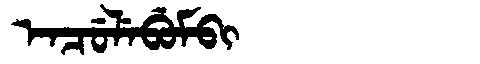
Manchu: ᡝᠨᠴᡠᠯᡝᠪᡠᠮᠪᡳ
Romanization: ENCULEBUMBI